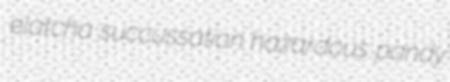
elatcha succussation hazardous pandy